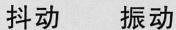
抖动 振动